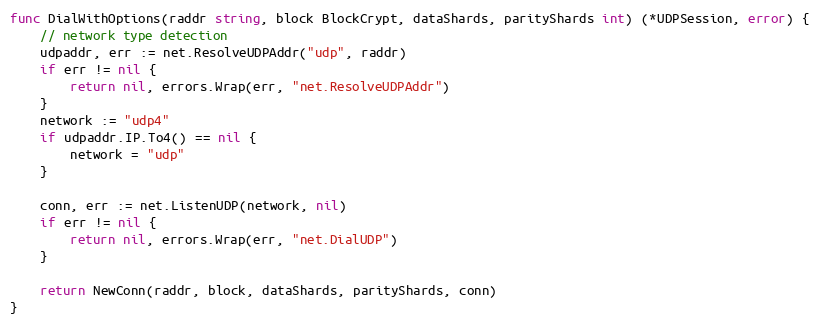
Language: Go
func DialWithOptions(raddr string, block BlockCrypt, dataShards, parityShards int) (*UDPSession, error) {
	// network type detection
	udpaddr, err := net.ResolveUDPAddr("udp", raddr)
	if err != nil {
		return nil, errors.Wrap(err, "net.ResolveUDPAddr")
	}
	network := "udp4"
	if udpaddr.IP.To4() == nil {
		network = "udp"
	}

	conn, err := net.ListenUDP(network, nil)
	if err != nil {
		return nil, errors.Wrap(err, "net.DialUDP")
	}

	return NewConn(raddr, block, dataShards, parityShards, conn)
}